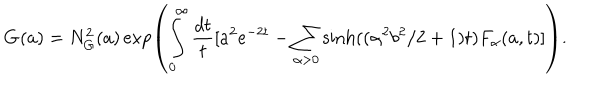
LaTeX: \mathbf { G } ( a ) = N _ { G } ^ { 2 } ( a ) \exp \left( \int _ { 0 } ^ { \infty } \frac { d t } { t } [ a ^ { 2 } e ^ { - 2 t } - \sum _ { \alpha > 0 } \sinh ( ( \alpha ^ { 2 } b ^ { 2 } / 2 + 1 ) t ) F _ { \alpha } ( a , t ) ] \right) .